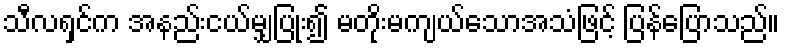
သီလရှင်က အနည်းငယ်မျှပြုံး၍ မတိုးမကျယ်သောအသံဖြင့် ပြန်ပြောသည်။